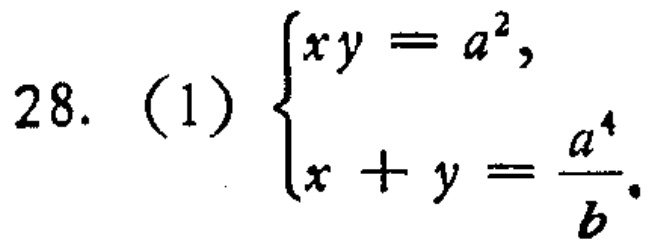
28. (1) $\begin{cases}xy = a^{2},\\x + y=\frac{a^{4}}{b}.\end{cases}$